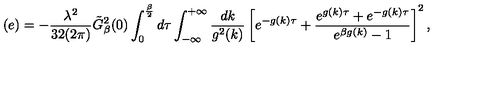
( e ) = - { \frac { \lambda ^ { 2 } } { 3 2 ( 2 \pi ) } } { \tilde { G } } _ { \beta } ^ { 2 } ( 0 ) \int _ { 0 } ^ { \frac { \beta } { 2 } } d \tau \int _ { - \infty } ^ { + \infty } { \frac { d k } { g ^ { 2 } ( k ) } } \left[ e ^ { - g ( k ) \tau } + { \frac { e ^ { g ( k ) \tau } + e ^ { - g ( k ) \tau } } { e ^ { \beta g ( k ) } - 1 } } \right] ^ { 2 } ,